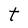
Character: t